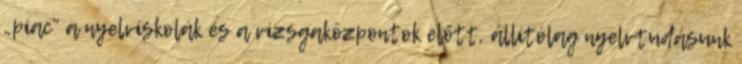
„piac” a nyelviskolák és a vizsgaközpontok előtt, állítólag nyelvtudásunk